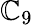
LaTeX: \mathbb{C}_{9}